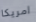
امريكا